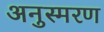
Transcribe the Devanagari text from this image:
अनुस्मरण